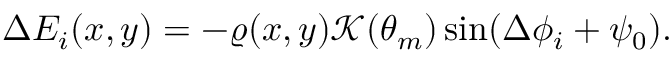
\begin{array} { r } { \Delta { \cal E } _ { i } ( x , y ) = - \varrho ( x , y ) \mathcal { K } ( \theta _ { m } ) \sin ( \Delta \phi _ { i } + \psi _ { 0 } ) . } \end{array}